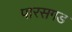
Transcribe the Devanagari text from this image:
पारसगड